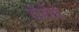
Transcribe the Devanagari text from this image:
केयेह